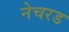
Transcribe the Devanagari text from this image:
नेचरड